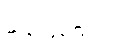
မည်ဖြစ်သည်။